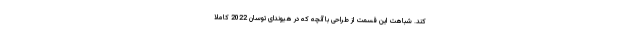
کند. شباهت این قسمت از طراحی با آنچه که در هیوندای توسان 2022 کاملا